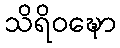
သိရိဝဍ္ဎော